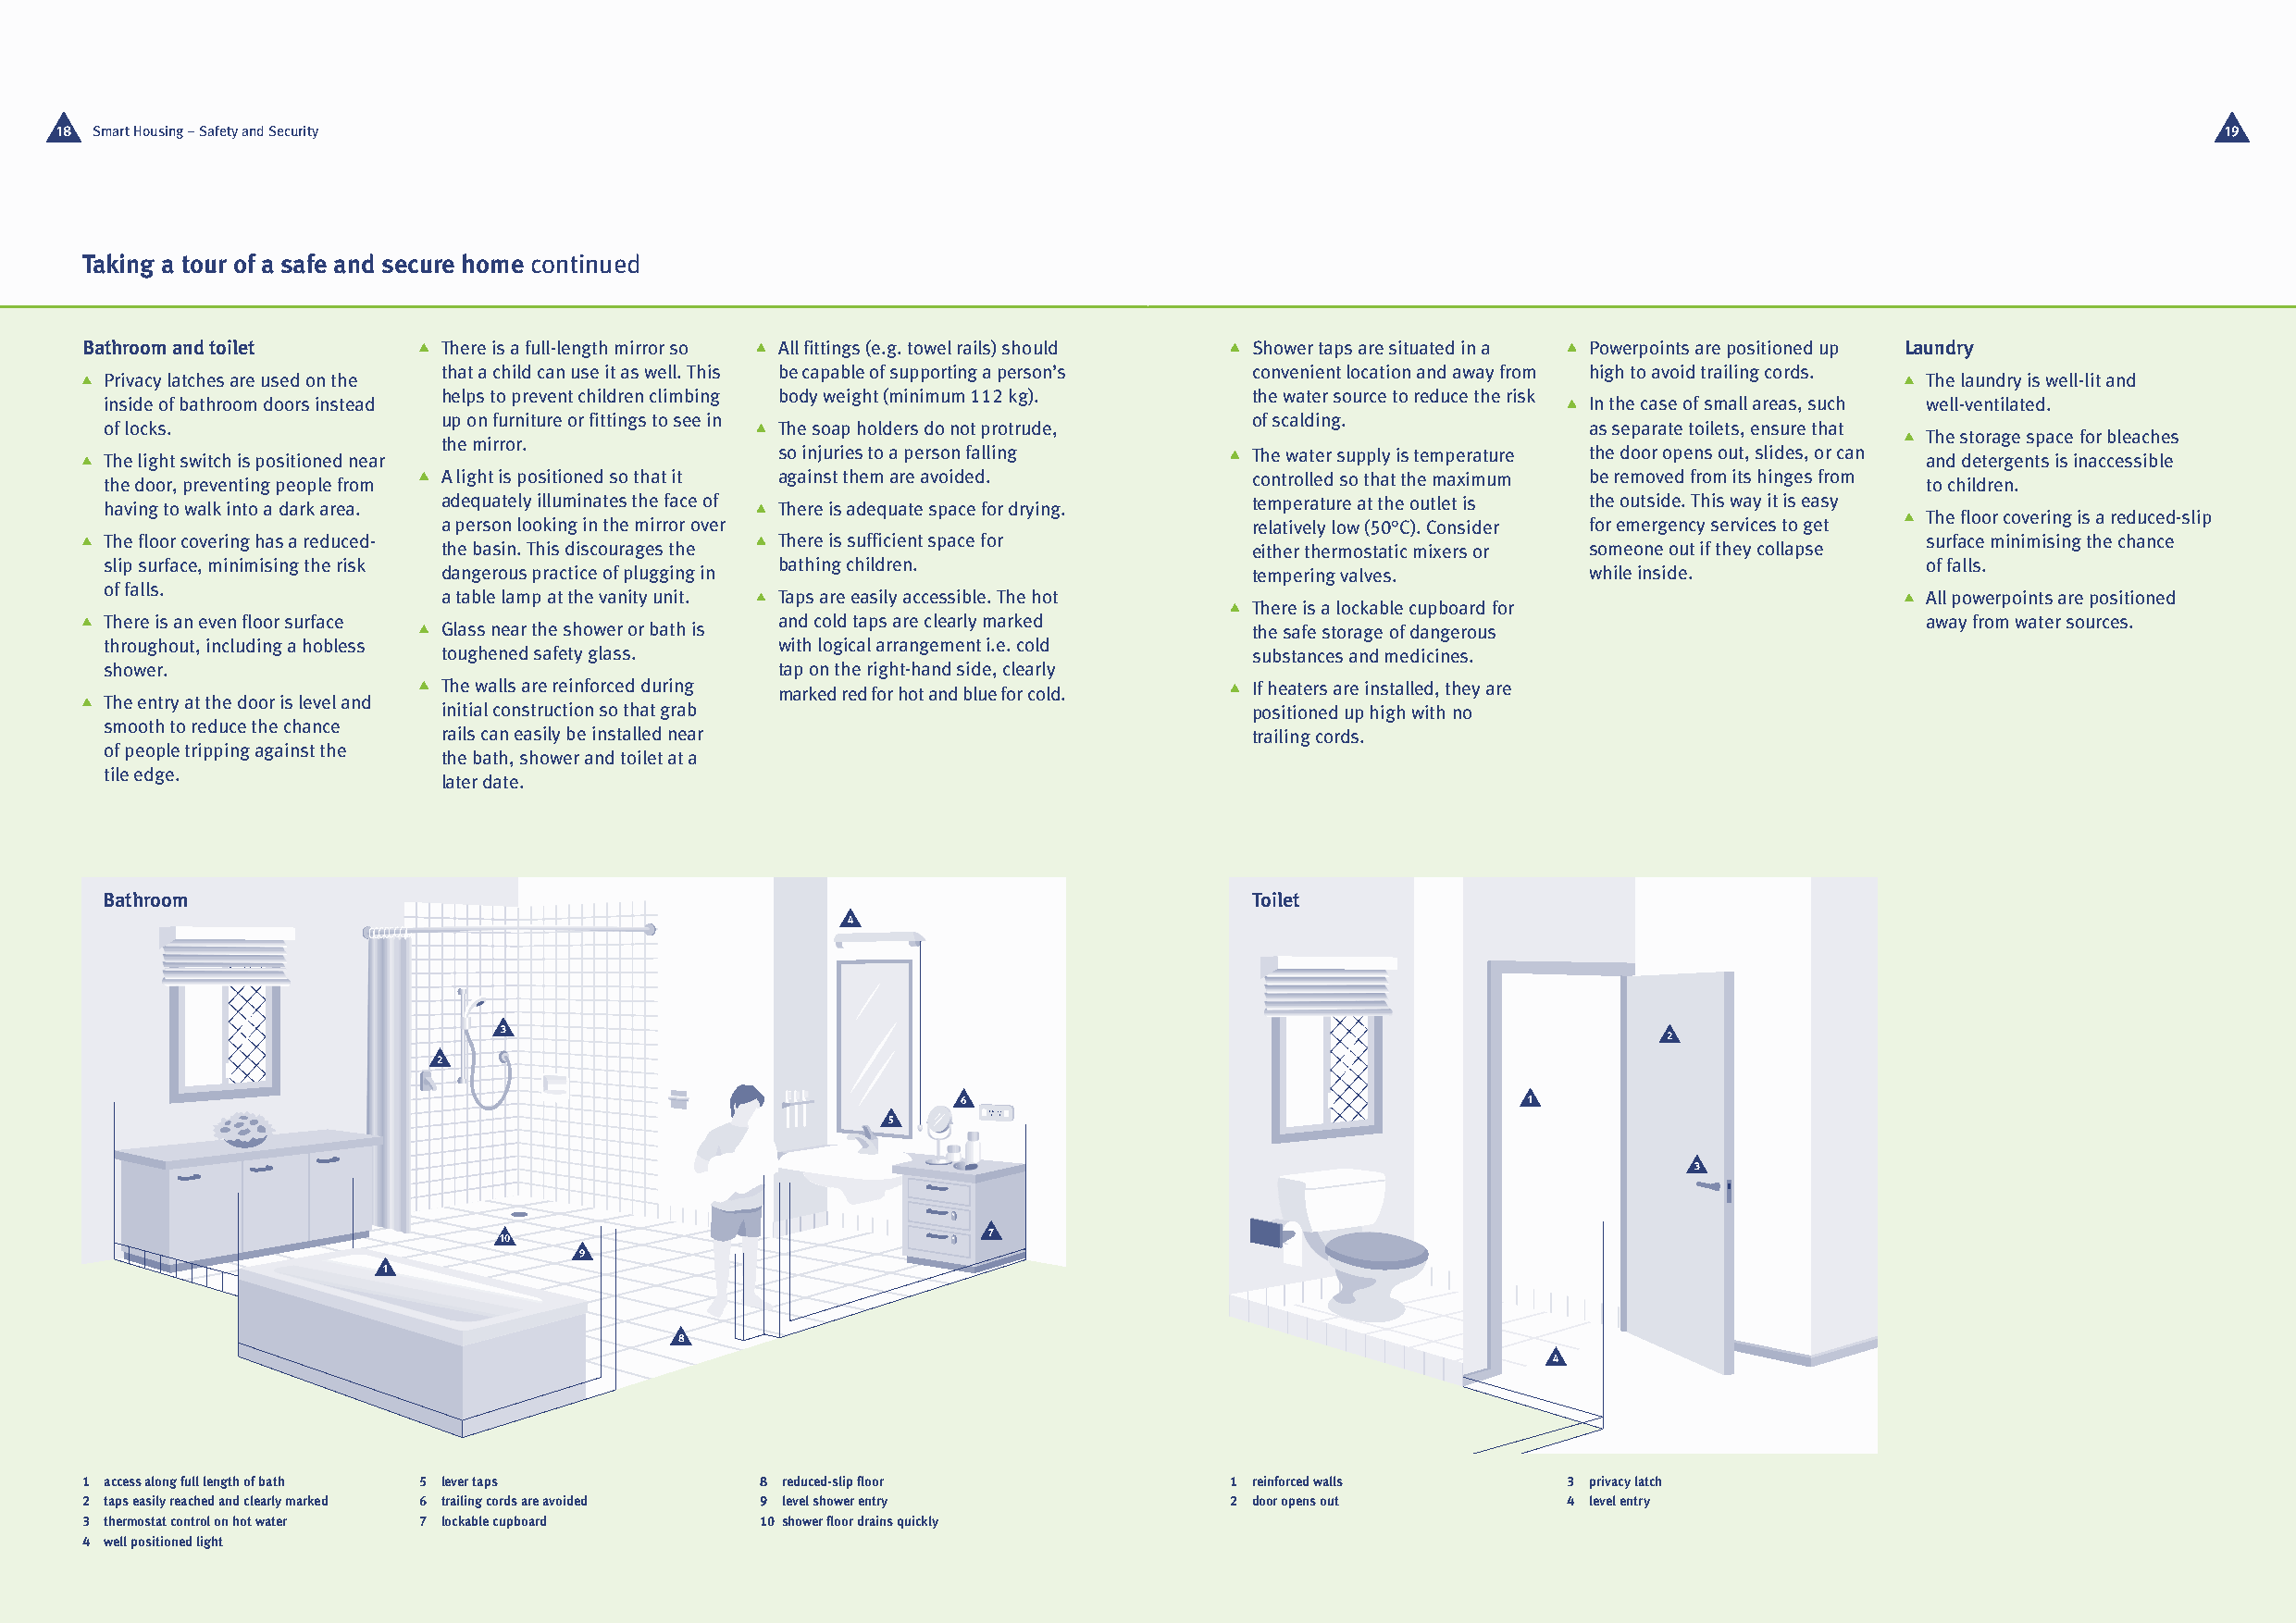
18 Smart Housing – Safety and Security                                                                                                                     19
 Taking a tour of a safe and secure home continued
 Bathroom and toilet       There is a full-length mirror so All fittings (e.g. towel rails) should Shower taps are situated in a Powerpoints are positioned up Laundry
 that a child can use it as well. This be capable of supporting a person’s convenient location and away from high to avoid trailing cords.
 Privacy latches are used on the                                                                                                    The laundry is well-lit and
 helps to prevent children climbing body weight (minimum 112 kg). the water source to reduce the risk
 inside of bathroom doors instead                                                                           In the case of small areas, such well-ventilated.
 up on furniture or fittings to see in                     of scalding.
 of locks.                                        The soap holders do not protrude,                         as separate toilets, ensure that
 The storage space for bleaches
 the mirror.
 so injuries to a person falling   The water supply is temperature the door opens out, slides, or can
 The light switch is positioned near                                                                                                and detergents is inaccessible
 A light is positioned so that it against them are avoided. controlled so that the maximum be removed from its hinges from
 the door, preventing people from                                                                                                   to children.
 having to walk into a dark area. adequately illuminates the face of There is adequate space for drying. temperature at the outlet is the outside. This way it is easy
 The floor covering is a reduced-slip
 a person looking in the mirror over                       relatively low (50°C). Consider for emergency services to get
 The floor covering has a reduced-                There is sufficient space for                                                     surface minimising the chance
 the basin. This discourages the                           either thermostatic mixers or someone out if they collapse
 slip surface, minimising the risk                bathing children.                                                                 of falls.
 dangerous practice of plugging in                         tempering valves.       while inside.
 of falls.
 a table lamp at the vanity unit. Taps are easily accessible. The hot                                      All powerpoints are positioned
 There is a lockable cupboard for
 There is an even floor surface                   and cold taps are clearly marked                                                  away from water sources.
 Glass near the shower or bath is                          the safe storage of dangerous
 throughout, including a hobless                  with logical arrangement i.e. cold
 toughened safety glass.                                   substances and medicines.
 shower.                                          tap on the right-hand side, clearly
 The walls are reinforced during marked red for hot and blue for cold. If heaters are installed, they are
 The entry at the door is level and
 initial construction so that grab                         positioned up high with no
 smooth to reduce the chance
 rails can easily be installed near                        trailing cords.
 of people tripping against the
 the bath, shower and toilet at a
 tile edge.
 later date.
 Bathroom                                                                           Toilet
 4
 3
 2
 2
 6                                       1
 5
 3
 7
 10
 9
 1
 8
 4
 1 access along full length of bath 5 lever taps 8 reduced-slip floor              1 reinforced walls      3 privacy latch
 2 taps easily reached and clearly marked 6 trailing cords are avoided 9 level shower entry 2 door opens out 4 level entry
 3 thermostat control on hot water 7 lockable cupboard 10 shower floor drains quickly
 4 well positioned light